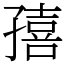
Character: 㝆